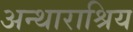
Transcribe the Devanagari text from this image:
अन्थाराश्रिय